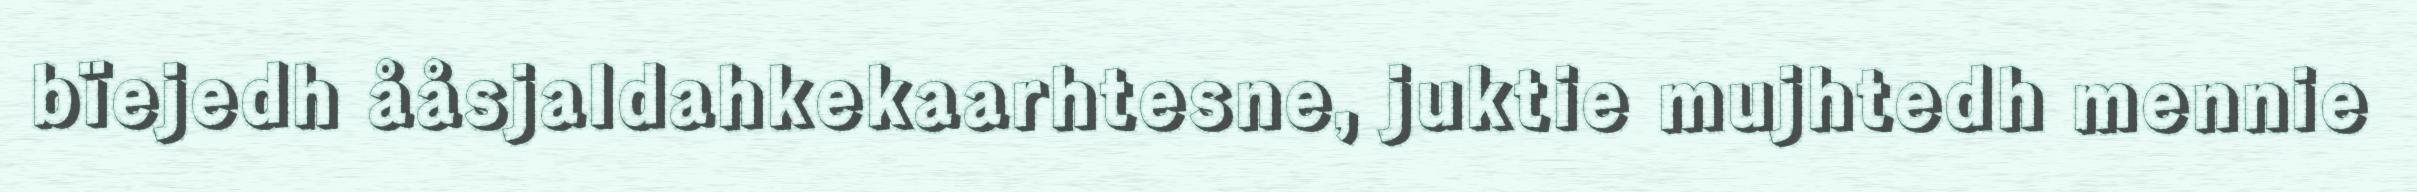
bïejedh ååsjaldahkekaarhtesne, juktie mujhtedh mennie